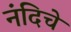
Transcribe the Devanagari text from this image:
नंदिचे